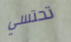
تحتسي